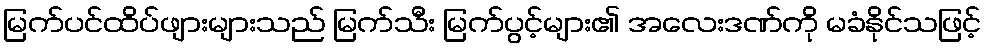
မြက်ပင်ထိပ်ဖျားများသည် မြက်သီး မြက်ပွင့်များ၏ အလေးဒဏ်ကို မခံနိုင်သဖြင့်